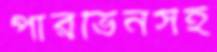
পারভিনসহ